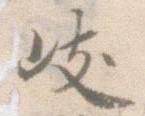
岐